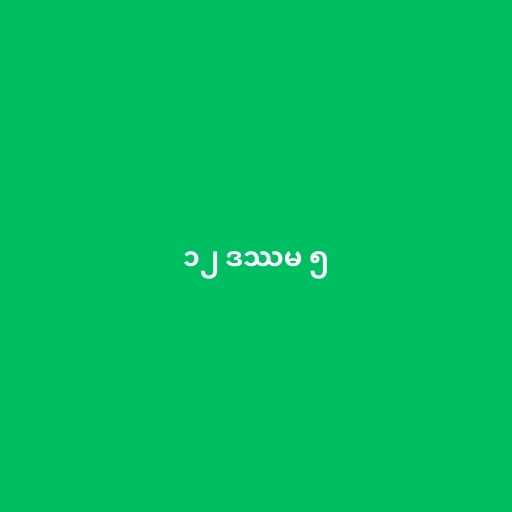
၁၂ ဒဿမ ၅